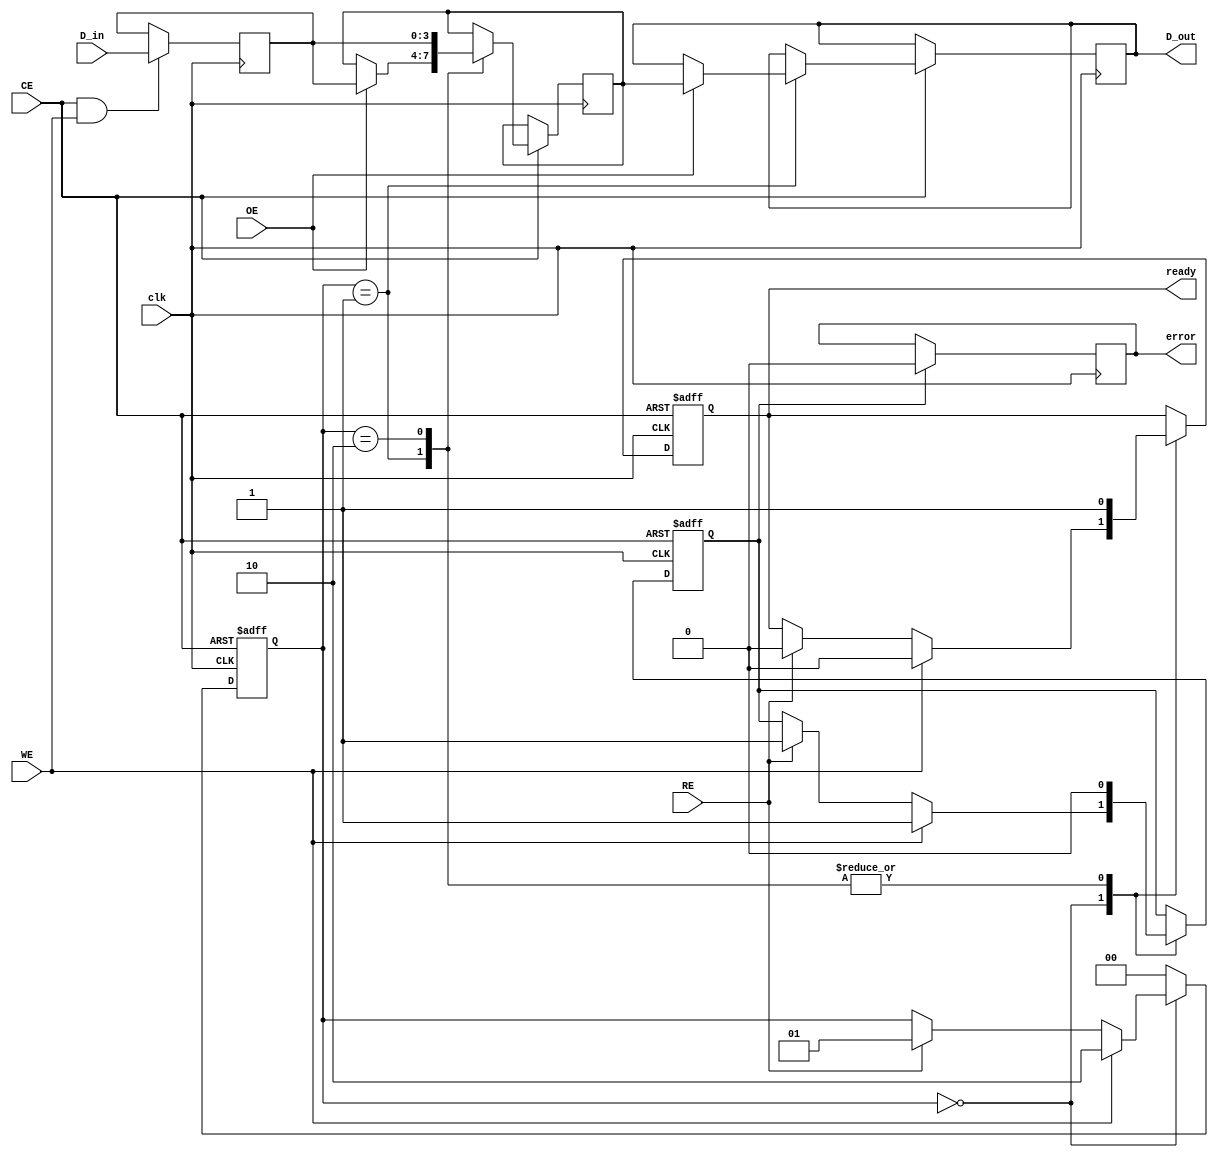
module QLC_NAND_IO_Block (
    input wire [3:0] D_in,         // Data inputs D0-D3
    output reg [3:0] D_out,        // Data outputs D0-D3
    input wire RE,                 // Read Enable
    input wire WE,                 // Write Enable
    input wire CE,                 // Chip Enable
    input wire OE,                 // Output Enable
    input wire clk,                // Clock signal
    output reg ready,              // Ready status
    output reg error               // Error status
);

// Internal signals
reg [3:0] data_latch;            // Input latch for data
reg [3:0] output_latch;          // Output latch for data
reg [1:0] command;               // Command decoder output
reg busy;                         // Busy status

// Command definitions
localparam CMD_READ  = 2'b00;
localparam CMD_WRITE = 2'b01;
localparam CMD_ERASE = 2'b10;

// State definitions
localparam IDLE    = 2'b00;
localparam READ    = 2'b01;
localparam WRITE   = 2'b10;

// State register
reg [1:0] state;

// Input Latch
always @(posedge clk) begin
    if (CE && WE) begin
        data_latch <= D_in;  // Capture data on write
    end
end

// Command Decoder and State Machine
always @(posedge clk or negedge CE) begin
    if (!CE) begin
        state <= IDLE;       // Reset state on chip disable
        busy <= 1'b0;        // Not busy
        ready <= 1'b1;       // Device is ready
    end else begin
        case (state)
            IDLE: begin
                if (WE) begin
                    command <= CMD_WRITE;
                    state <= WRITE;
                    busy <= 1'b1;
                    ready <= 1'b0;
                end else if (RE) begin
                    command <= CMD_READ;
                    state <= READ;
                    busy <= 1'b1;
                    ready <= 1'b0;
                end
            end
            READ: begin
                if (OE) begin
                    output_latch <= data_latch; // Output data on read
                    D_out <= output_latch;
                end
                state <= IDLE; // Return to idle after read
                busy <= 1'b0;
                ready <= 1'b1;
            end
            WRITE: begin
                // Simulate programming the NAND cells
                // In a real implementation, this would involve more complex logic
                // Here we just set the output latch to the input latch
                output_latch <= data_latch; // Simulate programming
                state <= IDLE; // Return to idle after write
                busy <= 1'b0;
                ready <= 1'b1;
            end
            default: state <= IDLE; // Safety case
        endcase
    end
end

// Error Correction Logic (Placeholder)
// In a real implementation, ECC would be more complex
always @(posedge clk) begin
    if (busy) begin
        // Simulate error detection logic
        // Set error flag if conditions are met (e.g., parity check)
        error <= 1'b0; // Placeholder, implement actual ECC logic
    end
end

endmodule